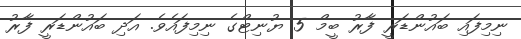
ނިމިފައި ބައުންޑަރީ ފާރު ބީމް 5 ޔުނިޓްގެ ނިމިފައެވެ. އަދި ބައުންޑަރީ ފާރު